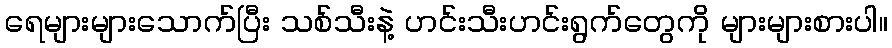
ရေများများသောက်ပြီး သစ်သီးနဲ့ ဟင်းသီးဟင်းရွက်တွေကို များများစားပါ။